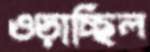
ওড়াচ্ছিল